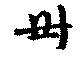
卅